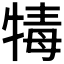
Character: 𤚚